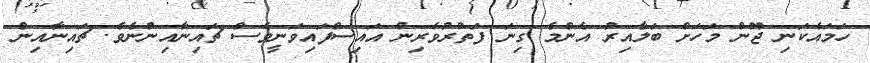
ހަމައެކަނި ޖޫން މަހަށް ބަލާއިރު އެންމެ ގިނަ ފަތުރުވެރިން އައިސްފައިވަނީވެސް ޗައިނާއިންނެވެ. ޗައިނާއިން